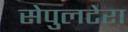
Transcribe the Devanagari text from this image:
सेपुलटेरा